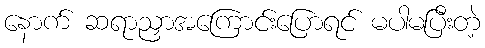
နောက် ဆရာညှာအကြောင်းပြောရင် မပါမပြီးတဲ့